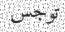
توجس